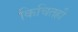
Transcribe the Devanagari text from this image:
किचितही